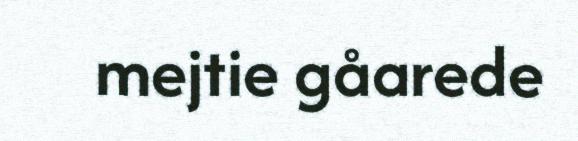
mejtie gåarede